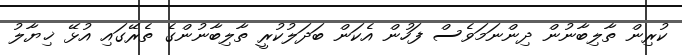
ކުރިން ތާލިބާނުން ދިންނަމަވެސް ފަހުން އެކަން ބަދަލުކުރީ ތާލިބާނުންގެ ތެރޭގައި އުޅޭ ޚިޔާލު